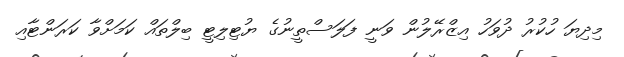
މިދިޔަ ހުކުރު ދުވަހު އިޒްރޭލުން ވަނީ ފަލަސްތީނުގެ ޔުޓިލިޓީ ބިލްތައް ކަމަށްވާ ކަރަންޓާއި